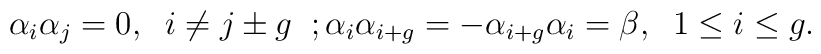
\alpha_{i} \alpha_{j}=0, \;\;i\neq j\pm g\;\;;\alpha_{i}\alpha_{i+g}=-\alpha_{i+g}\alpha_{i}=\beta , \; \;1\leq i\leq g.